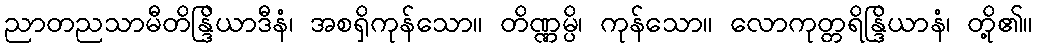
ညာတညသာမီတိန္ဒြိယာဒီနံ၊ အစရှိကုန်သော။ တိဏ္ဏမ္ပိ၊ ကုန်သော။ လောကုတ္တရိန္ဒြိယာနံ၊ တို့၏။